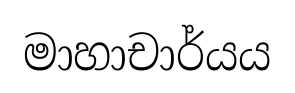
මාහාචාර්යය